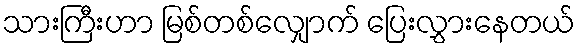
သားကြီးဟာ မြစ်တစ်လျှောက် ပြေးလွှားနေတယ်